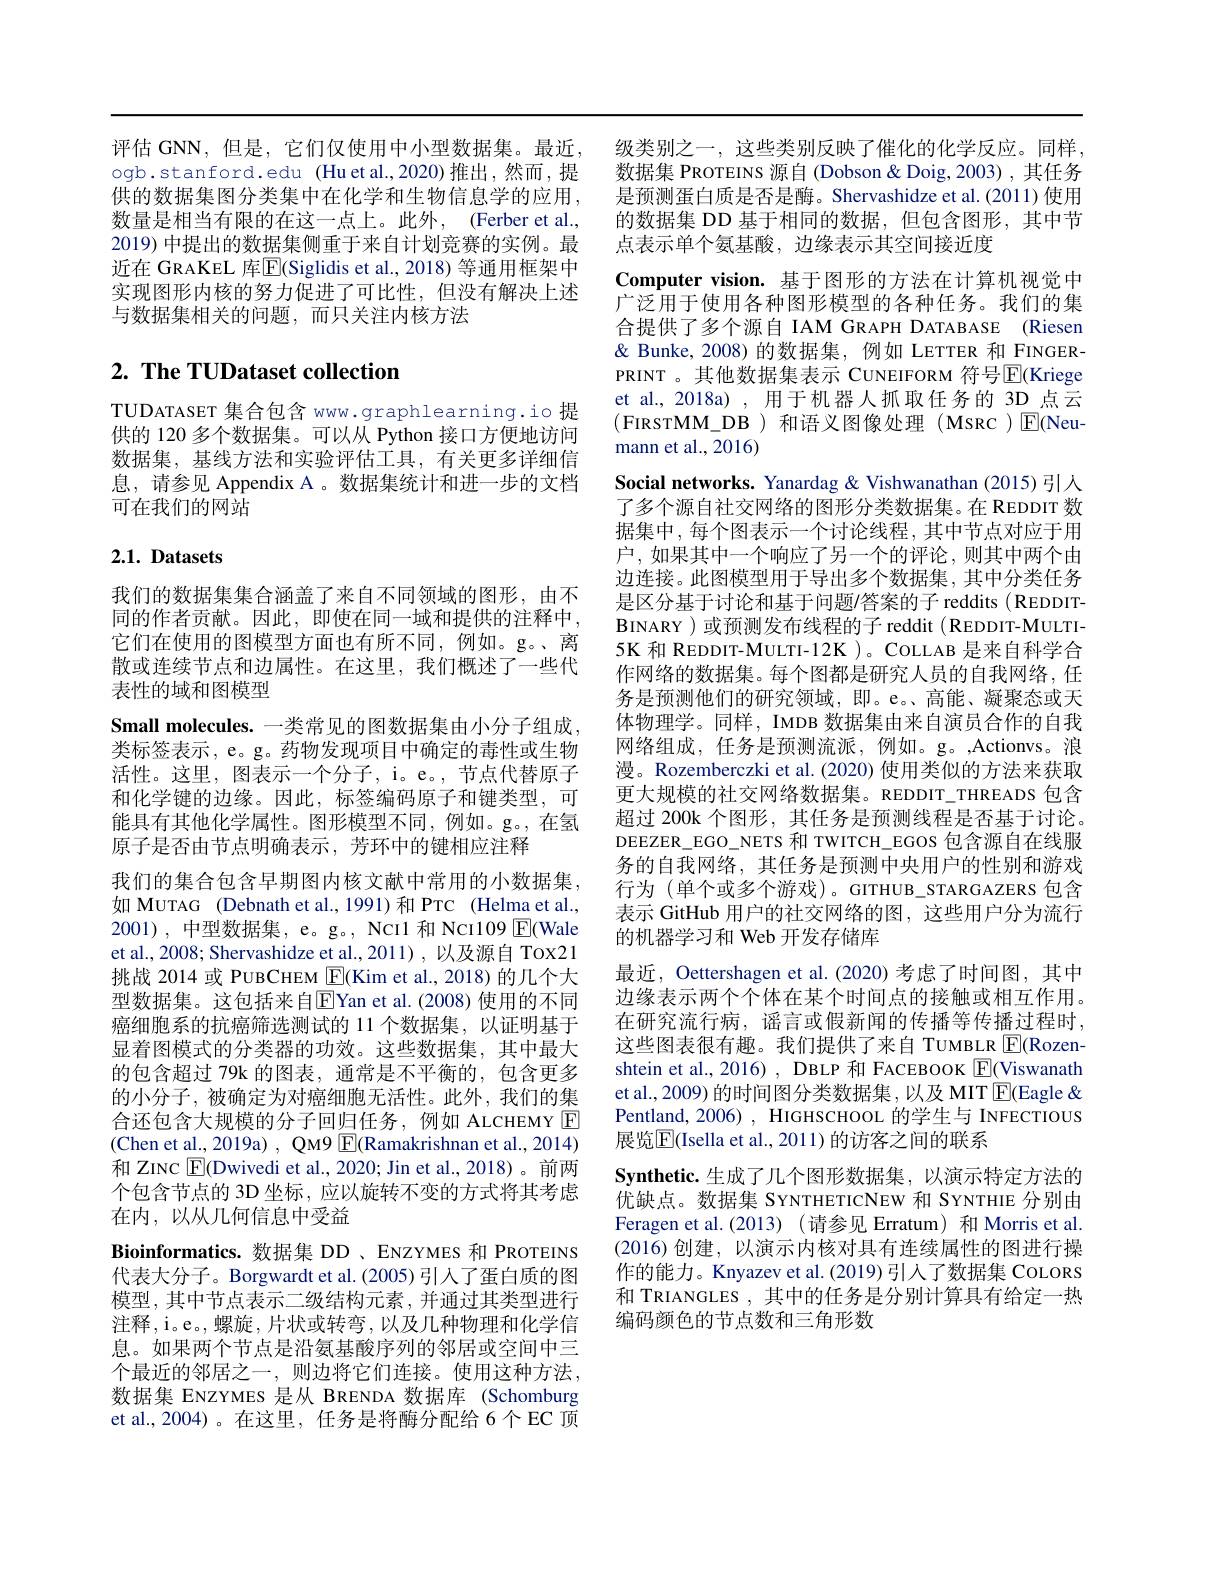
评估 GNN,但是，它们仅使用中小型数据集。最近，级类别之一，这些类别反映了催化的化学反应。同样ogb.stanford.edu (Huet al.,2020)推出，然而，提 数据集 PROTEINS 源自 (Dobson&Doig,2003) ,其任务供的数据集图分类集中在化学和生物信息学的应用，
数量是相当有限的在这一点上。此外，(Ferber et al., 2019) 中提出的数据集侧重于来自计划竞赛的实例。最近在 GRAKEL 库$\overline{\mathrm{E}}($Siglidis et al., 2018) 等通用框架中实现图形内核的努力促进了可比性，但没有解决上述与数据集相关的问题，而只关注内核方法

# $2. \textbf{ The TUDataset collection}$

TUDATASET 集合包含 www.graphlearning.io 提供的 120 多个数据集。可以从 Python 接口方便地访问数据集，基线方法和实验评估工具，有关更多详细信息，请参见 Appendix A 。数据集统计和进一步的文档可在我们的网站

## $2. 1. \textbf{Datasets}$

我们的数据集集合涵盖了来自不同领域的图形，由不同的作者贡献。因此，即使在同一域和提供的注释中， 它们在使用的图模型方面也有所不同，例如。g。、离散或连续节点和边属性。在这里，我们概述了一些代表性的域和图模型
Small molecules. 一类常见的图数据集由小分子组成类标签表示，e。g。药物发现项目中确定的毒性或生物活性。这里，图表示一个分子，i。e。, 节点代替原子和化学键的边缘。因此，标签编码原子和键类型，可能具有其他化学属性。图形模型不同，例如。g。,在氢原子是否由节点明确表示，芳环中的键相应注释
我们的集合包含早期图内核文献中常用的小数据集， 如 MUTAG (Debnath et al., 1991)和 PTC (Helma et al., 2001),中型数据集，e。g。, Ncı1 和 Ncı109 $\underline{\mathrm{E}}($Wale et al., 2008; Shervashidze et al., 2011) , 以及源自 Tox21挑战 2014 或 PUBCHEM $\boxed{\mathrm{F}}($Kim et al., 2018) 的几个大型数据集。这包括来自$\boxed{\mathrm{E}}$Yan et al.(2008)使用的不同癌细胞系的抗癌筛选测试的 11 个数据集，以证明基于显着图模式的分类器的功效。这些数据集，其中最大的包含超过 79k 的图表，通常是不平衡的，包含更多的小分子，被确定为对癌细胞无活性。此外，我们的集合还包含大规模的分子回归任务，例如 ALCHEMY $\boxed{\mathrm{F}}$ (Chen et al., 2019a) , QM9 $\boxed{\mathrm{F}}($Ramakrishnan et al., 2014) 和 ZINC $\boxed{\mathrm{E}}($Dwivedi et al., 2020; Jin et al., 2018)。前两个包含节点的 3D 坐标，应以旋转不变的方式将其考虑在内，以从几何信息中受益
$\textbf{Bioinformatics. 数 据 集 DD、 ENZYMES 和 PROTEINS}$ 代表大分子。Borgwardt et al. (2005) 引人了蛋白质的图模型，其中节点表示二级结构元素，并通过其类型进行注释，i。e。,螺旋，片状或转弯，以及几种物理和化学信息。如果两个节点是沿氨基酸序列的邻居或空间中三个最近的邻居之一，则边将它们连接。使用这种方法， 数据集 ENZYMES 是从 BRENDA 数据库 (Schomburg et al.,2004)。在这里，任务是将酶分配给 6个EC 顶

是预测蛋白质是否是酶。Shervashidze et al.(2011) 使用的数据集 DD 基于相同的数据，但包含图形，其中节点表示单个氨基酸，边缘表示其空间接近度
Computer vision. 基于图形的方法在计算机视觉中广泛用于使用各种图形模型的各种任务。我们的集合提供了多个源自 IAM GRAPH DATABASE (Riesen & Bunke, 2008) 的数据集，例如 LETTER 和 FINGERPRINT 。其他数据集表示 CUNEIFORM 符号$\overline{\mathrm{E}}($Kriege et al., 2018a) , 用于机器人抓取任务的 3D 点云(FIRSTMM\_DB)和语义图像处理(MSRC)E(Neumann et al., 2016)
Social networks. Yanardag & Vishwanathan (2015)引人了多个源自社交网络的图形分类数据集。在 REDDIT 数据集中，每个图表示一个讨论线程，其中节点对应于用户，如果其中一个响应了另一个的评论，则其中两个由边连接。此图模型用于导出多个数据集，其中分类任务是区分基于讨论和基于问题/答案的子 reddits (REDDITBINARY )或预测发布线程的子 reddit (REDDIT-MULTI- 5K 和 REDDIT-MULTI-12K )。COLLAB 是来自科学合作网络的数据集。每个图都是研究人员的自我网络，任务是预测他们的研究领域，即。e。、高能、凝聚态或天体物理学。同样，IMDB 数据集由来自演员合作的自我网络组成，任务是预测流派，例如。g。,Actionvs。浪漫。Rozemberczki et al. (2020) 使用类似的方法来获取更大规模的社交网络数据集。REDDIT_THREADS 包含超过 200k 个图形，其任务是预测线程是否基于讨论。DEEZER\_EGO\_NETS 和 TWITCH\_EGOS 包含源自在线服务的自我网络，其任务是预测中央用户的性别和游戏行为 (单个或多个游戏)。GITHUB\_STARGAZERS 包含表示 GitHub 用户的社交网络的图，这些用户分为流行的机器学习和 Web 开发存储库
最近，Oettershagen et al.(2020)考虑了时间图，其中边缘表示两个个体在某个时间点的接触或相互作用。在研究流行病，谣言或假新闻的传播等传播过程时， 这些图表很有趣。我们提供了来自 TUMBLR $\boxed{\mathrm{F}}($Rozenshtein et al., 2016) , DBLP 和 FACEBOOK $\boxed{\mathrm{F}}($Viswanath et al.,2009) 的时间图分类数据集，以及 MIT $\boxed{\mathrm{E}}($Eagle & Pentland, 2006) , HIGHSCHOOL 的学生与 INFECTIOUS 展览$\boxed{\mathrm{E}}($Isella et al., 2011) 的访客之间的联系
$\textbf{Synthetic. 生 成 了 几 个 图 形 数 据 集 , 以 演 示 特 定 方 法 的 }$ 优缺点。数据集 SYNTHETICNEW 和 SYNTHIE 分别由Feragen et al.(2013)(请参见 Erratum)和Morris et al. (2016)创建，以演示内核对具有连续属性的图进行操作的能力。Knyazev et al.(2019) 引入了数据集 CoLoRS 和 TRIANGLES , 其中的任务是分别计算具有给定一热编码颜色的节点数和三角形数